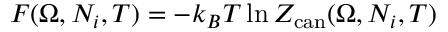
F ( \Omega , N _ { i } , T ) = - k _ { B } T \ln Z _ { \mathrm { c a n } } ( \Omega , N _ { i } , T )